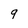
Character: 9